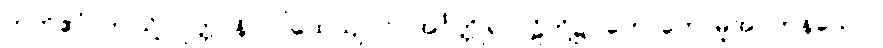
ဣတိဧဝံ၊ ဤသို့။ ဝုတ္တာနိ၊ (ပါထေယျဝဂ်။ အင်္ဂုတ္တိုရ် ပါဠိတို့၌) ဟောတော်မူအပ်ကုန်သော။